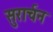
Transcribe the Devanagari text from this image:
सुरार्चन